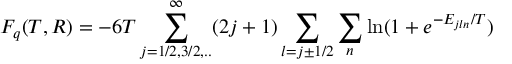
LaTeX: F _ { q } ( T , R ) = - 6 T \sum _ { j = 1 / 2 , 3 / 2 , . . } ^ { \infty } ( 2 j + 1 ) \sum _ { l = j \pm 1 / 2 } \sum _ { n } \ln ( 1 + e ^ { - E _ { j l n } / T } )